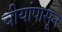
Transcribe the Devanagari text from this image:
बीयांपासून